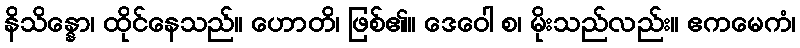
နိသိန္နော၊ ထိုင်နေသည်။ ဟောတိ၊ ဖြစ်၏။ ဒေဝေါ စ၊ မိုးသည်လည်း။ ဧကမေကံ၊